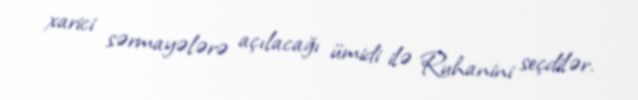
xarici sərmayələrə açılacağı ümidi ilə Ruhanini seçdilər.